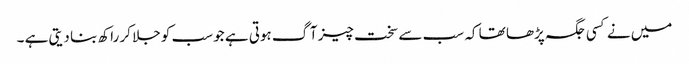
میں نے کسی جگہ پڑھا تھا کہ سب سے سخت چیز آگ ہوتی ہے جو سب کو جلا کر راکھ بنا دیتی ہے ۔